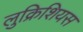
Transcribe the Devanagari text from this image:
लुक्रिशियस